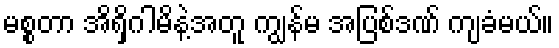
မစ္စတာ အိရှိဂါမိနဲ့အတူ ကျွန်မ အပြစ်ဒဏ် ကျခံမယ်။